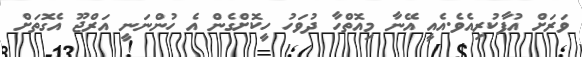
ވަރަށް އުފާކުރިއެވެ.އެއީ އޭނާ މިއޮތްހާ ދުވަހު ހީކޮށްގެން އެ ހުންނަނީ އަރްޖޫ އެގޮތަށް